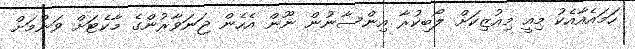
ހަމައެއާއެކު މިއީ މިއުޒިކަށް ލޯބިކުރާ އިންސާނުން ނޫން އެހެން ޖަނަވާރުންގެ މާކެޓަށް ވަނުމަށް